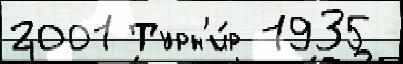
2001 Турн'и́р 1935